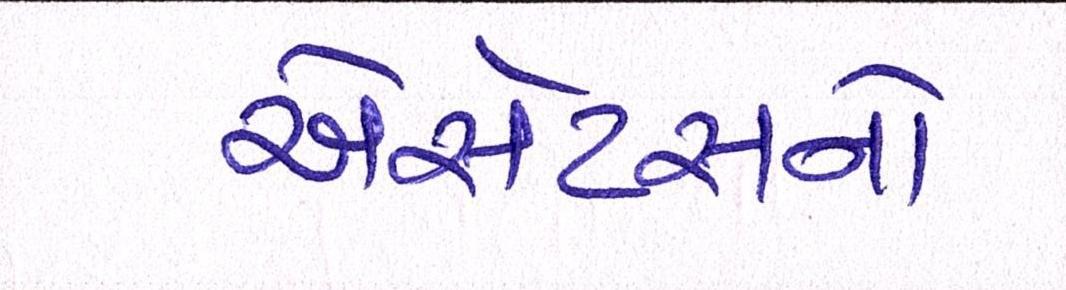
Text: એસેટસનો